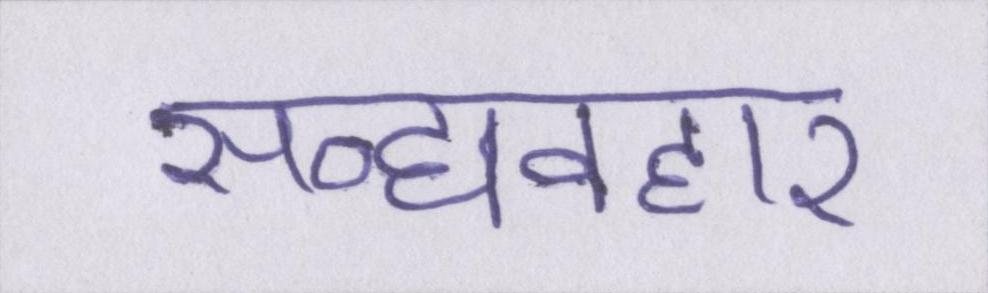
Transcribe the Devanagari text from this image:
सद्व्यवहार